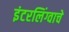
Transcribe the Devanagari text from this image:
इंटरलिंग्वाचे